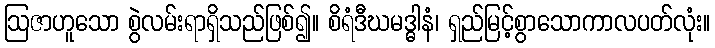
ဩဇာဟူသော စွဲလမ်းရာရှိသည်ဖြစ်၍။ စိရံဒီဃမဒ္ဓါနံ၊ ရှည်မြင့်စွာသောကာလပတ်လုံး။